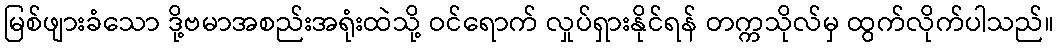
မြစ်ဖျားခံသော ဒို့ဗမာအစည်းအရုံးထဲသို့ ဝင်ရောက် လှုပ်ရှားနိုင်ရန် တက္ကသိုလ်မှ ထွက်လိုက်ပါသည်။